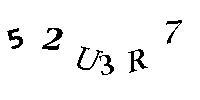
52U3R7